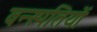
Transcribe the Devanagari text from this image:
वन्स्पतियों